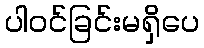
ပါဝင်ခြင်းမရှိပေ